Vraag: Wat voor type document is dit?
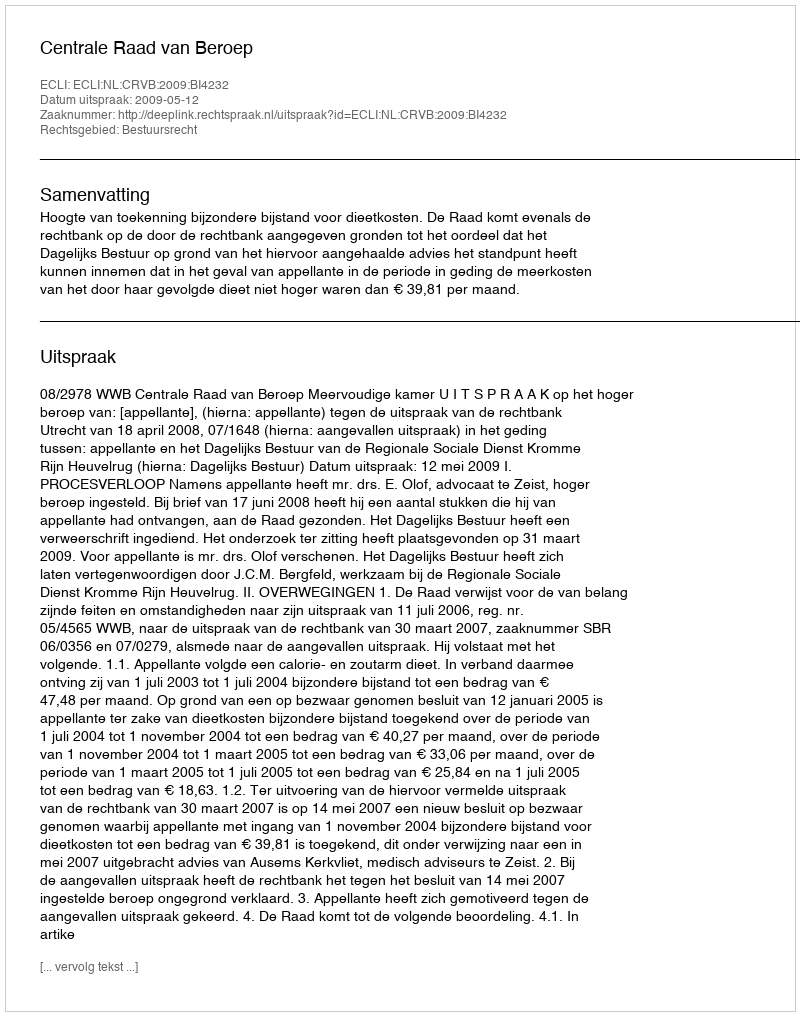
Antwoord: Uitspraak